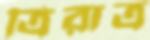
ত্রিরাত্র